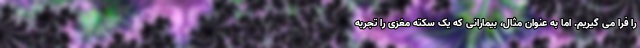
را فرا می گیریم. اما به عنوان مثال، بیمارانی که یک سکته مغزی را تجربه